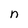
Character: n